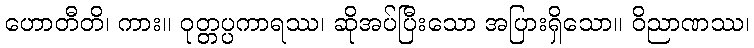
ဟောတီတိ၊ ကား။ ဝုတ္တပ္ပကာရဿ၊ ဆိုအပ်ပြီးသော အပြားရှိသော။ ဝိညာဏဿ၊